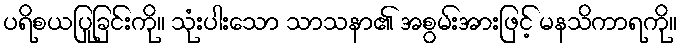
ပရိစယပြုခြင်းကို။ သုံးပါးသော သာသနာ၏ အစွမ်းအားဖြင့် မနသိကာရကို။